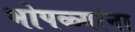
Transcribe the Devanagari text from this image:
भोपळ्यांना